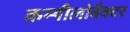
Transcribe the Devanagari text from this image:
कम्पीलोबैक्टर